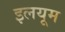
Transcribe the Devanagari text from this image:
इलयूम